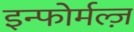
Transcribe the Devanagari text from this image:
इन्फोर्मल्ज़